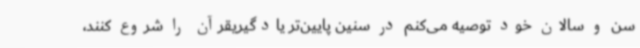
سن و سالان خود توصیه می‌کنم در سنین پایین‌تر یادگیریقرآن را شروع کنند،